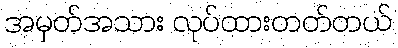
အမှတ်အသား လုပ်ထားတတ်တယ်